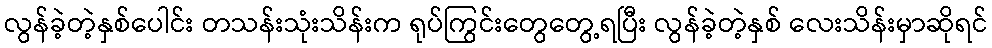
လွန်ခဲ့တဲ့နှစ်ပေါင်း တသန်းသုံးသိန်းက ရုပ်ကြွင်းတွေတွေ့ရပြီး လွန်ခဲ့တဲ့နှစ် လေးသိန်းမှာဆိုရင်